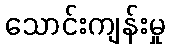
သောင်းကျန်းမှု